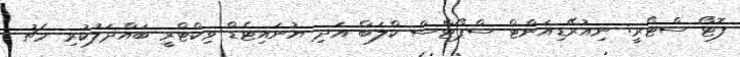
ފޮޓޯ ސްޓޯރީ: ނިއުރޭޑިއަންޓް ސްޕޯޓްސް ކްލަބް އަދި ޔުނައިޓެޑް ވިކްޓްރީ ބައްދަލުކުރި މެޗު